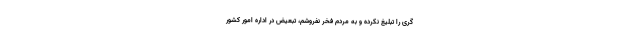
گری را تبلیغ نکرده و به مردم فخر نفروشم، تبعیض در اداره امور کشور